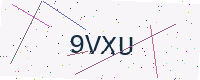
Text: 9VXU